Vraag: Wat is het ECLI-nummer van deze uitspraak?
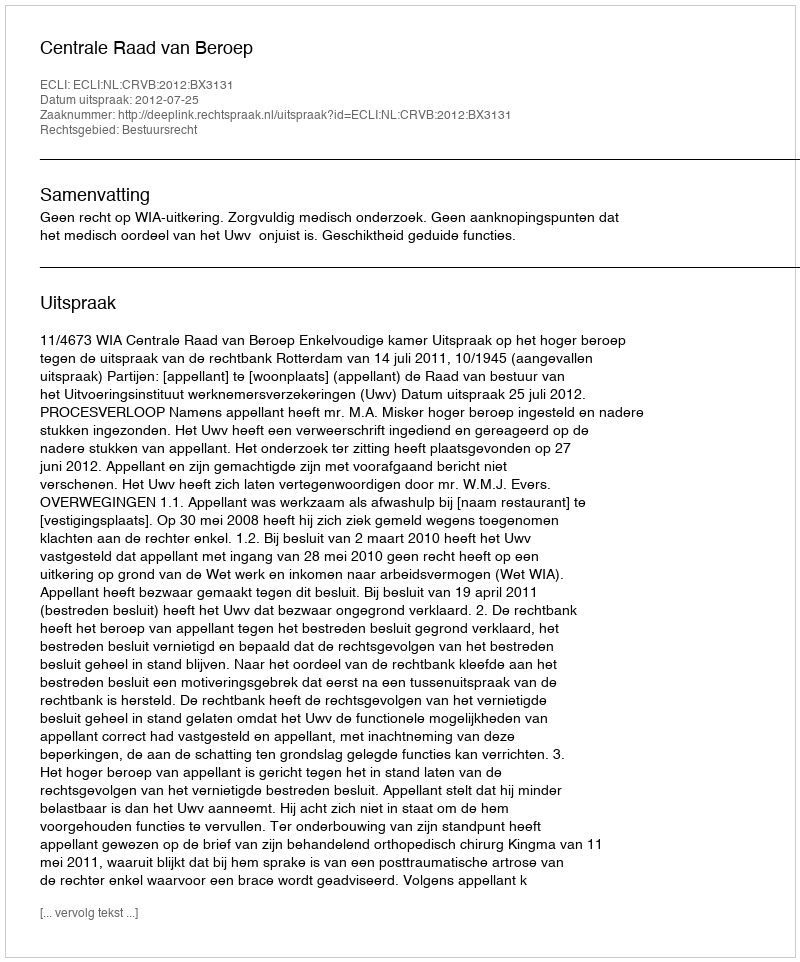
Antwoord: ECLI:NL:CRVB:2012:BX3131